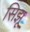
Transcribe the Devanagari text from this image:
सिझू